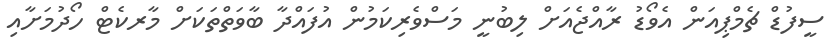
ސީފުޑް ޗެމްޕިއަން އެވޯޑު ރާއްޖެއަށް ލިބުނީ މަސްވެރިކަމުން އުފައްދާ ބާވަތްތަކަށް މާރކެޓް ހޯދުމަށާއި